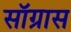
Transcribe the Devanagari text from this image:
सॉग्रास